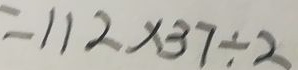
= 1 1 2 \times 3 7 \div 2